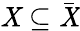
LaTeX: \mathit{X}\subseteq{\bar{{\mathit{X}}}}